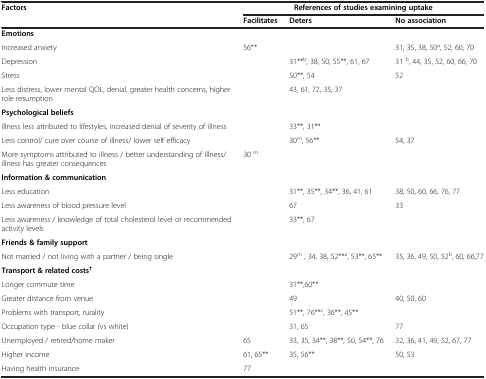
<table><thead><tr><td><b>Factors</b></td><td colspan="3"><b>References of studies examining uptake</b></td></tr><tr><td><b> </b></td><td><b>Facilitates</b></td><td><b>Deters</b></td><td><b>No association</b></td></tr></thead><tbody><tr><td colspan="4"><b>Emotions</b></td></tr><tr><td>Increased anxiety</td><td>56**</td><td> </td><td>31, 35, 38, 50<sup>a</sup>, 52, 60, 70</td></tr><tr><td>Depression</td><td> </td><td>31**<sup>b</sup>, 38, 50, 55**, 61, 67</td><td>31 <sup>b</sup>, 44, 35, 52, 60, 66, 70</td></tr><tr><td>Stress</td><td> </td><td>50**, 54</td><td>52</td></tr><tr><td>Less distress, lower mental QOL, denial, greater health concerns, higher role resumption</td><td> </td><td>43, 61, 72, 35, 37</td><td> </td></tr><tr><td colspan="4"><b>Psychological beliefs</b></td></tr><tr><td>Illness less attributed to lifestyles, increased denial of severity of illness</td><td> </td><td>33**, 31**</td><td> </td></tr><tr><td>Less control/ cure over course of illness/ lower self efficacy</td><td> </td><td>30<sup>m</sup>, 56**</td><td>54, 37</td></tr><tr><td>More symptoms attributed to illness / better understanding of illness/ illness has greater consequences</td><td>30 <sup>m</sup></td><td> </td><td> </td></tr><tr><td colspan="4"><b>Information &amp; communication</b></td></tr><tr><td>Less education</td><td> </td><td>31**, 35**, 34**, 36, 41, 61</td><td>38, 50, 60, 66, 76, 77</td></tr><tr><td>Less awareness of blood pressure level</td><td> </td><td>67</td><td>33</td></tr><tr><td>Less awareness / knowledge of total cholesterol level or recommended activity levels</td><td> </td><td>33**, 67</td><td> </td></tr><tr><td colspan="4"><b>Friends &amp; family support</b></td></tr><tr><td>Not married / not living with a partner / being single</td><td> </td><td>29<sup>m</sup> , 34, 38, 52**<sup>a</sup>, 53**, 65**</td><td>35, 36, 49, 50, 52<sup>b</sup>, 60, 66,77</td></tr><tr><td colspan="4"><b>Transport &amp; related costs</b><sup><b>†</b></sup></td></tr><tr><td>Longer commute time</td><td> </td><td>31**,60**</td><td> </td></tr><tr><td>Greater distance from venue</td><td> </td><td>49</td><td>40, 50, 60</td></tr><tr><td>Problems with transport, rurality</td><td> </td><td>51**, 76**<sup>c</sup>, 36**, 45**</td><td> </td></tr><tr><td>Occupation type - blue collar (vs white)</td><td> </td><td>31, 65</td><td>77</td></tr><tr><td>Unemployed / retired/home maker</td><td>65</td><td>33, 35, 34**, 38**, 50, 54**, 76</td><td>32, 36, 41, 49, 52, 67, 77</td></tr><tr><td>Higher income</td><td>61, 65**</td><td>35, 56**</td><td>50, 53</td></tr><tr><td>Having health insurance</td><td>77</td><td> </td><td> </td></tr></tbody></table>